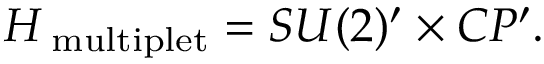
H _ { \mathrm { \tiny ~ m u l t i p l e t } } = S U ( 2 ) ^ { \prime } \times C P ^ { \prime } .